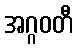
အဂ္ဂဝတီ